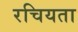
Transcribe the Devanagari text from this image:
रचियता